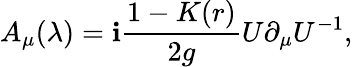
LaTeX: A_{\mu}(\lambda)=\mathbf{i}\frac{{1-K(r)}}{{2g}}U\partial_{\mu}U^{-1},\;